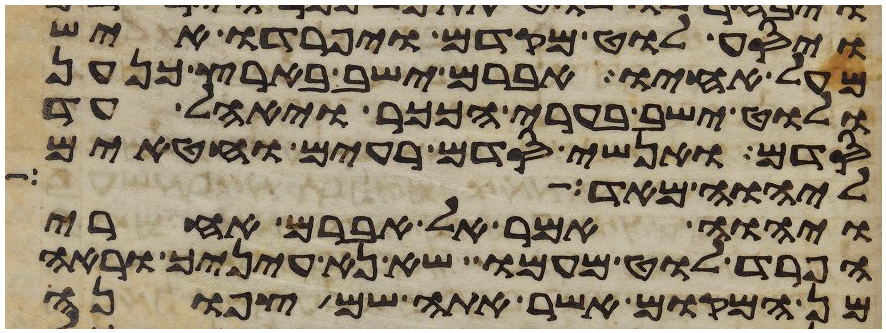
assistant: ויסע לוט מקדם ויפרדו איש
מעל אחיו אברם ישב בארץ כנען
ולוט ישב בערי הככר ויאהל עד
סדם ואנשי סדם רעים וחטאים
ליהוה מאד
ויהוה אמר אל אברם אחרי
הפרד לוט מעמו שא נא עיניך וראה
מן המקום אשר אתה שם צפונה